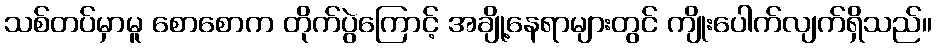
သစ်တပ်မှာမူ စောစောက တိုက်ပွဲကြောင့် အချို့နေရာများတွင် ကျိုးပေါက်လျက်ရှိသည်။